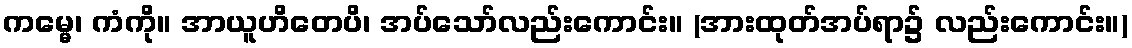
ကမ္မေ၊ ကံကို။ အာယူဟိတေပိ၊ အပ်သော်လည်းကောင်း။ (အားထုတ်အပ်ရာ၌ လည်းကောင်း။)